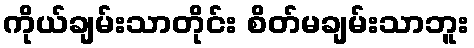
ကိုယ်ချမ်းသာတိုင်း စိတ်မချမ်းသာဘူး